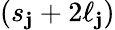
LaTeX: (s_{\mathbf{j}}+2\ell_{\mathbf{j}})